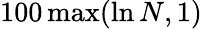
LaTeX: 100\operatorname*{max}(\ln N,1)